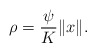
\begin{align*}\rho=\frac{\psi}{K}\|x\|.\end{align*}